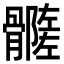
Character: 𩪦